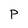
Character: P